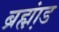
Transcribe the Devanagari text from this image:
ब्रह्म़ा़ंड